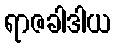
ရာဇခါဒါယ